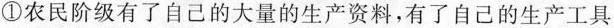
①农民阶级有了自己的大量生产资料，有了自己的生产工具